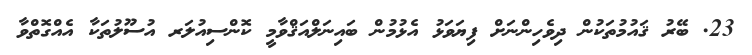
23. ބޭރު ޤައުމުތަކުން ދިވެހިންނަށް ފިޔަވަޅު އެޅުމުން ބައިނަލްއަޤްވާމީ ކޮންސިއުލަރ އުސޫލުތަކާ އެއްގޮތްވާ